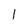
Character: 1